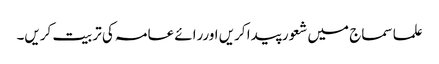
علما سماج میں شعور پیدا کریں اوررائے عامہ کی تربیت کریں۔